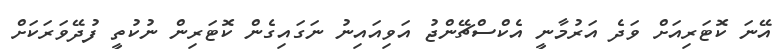
އޭނަ ކޮޓަރިއަށް ވަދެ އަރުމާނީ އެކްސްޗޭންޖު އަވިއައިނު ނަގައިގެން ކޮޓަރިން ނުކުތީ ފުދޭވަރަކަށް